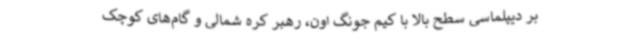
بر دیپلماسی سطح ‌بالا با کیم جونگ اون، رهبر کره شمالی و گام‌های کوچک